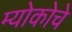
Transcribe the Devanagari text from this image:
म्योकोचे